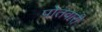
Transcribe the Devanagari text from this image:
पोतवारी